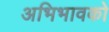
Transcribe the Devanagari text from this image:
अभिभावको